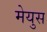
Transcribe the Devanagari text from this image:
मेयुस